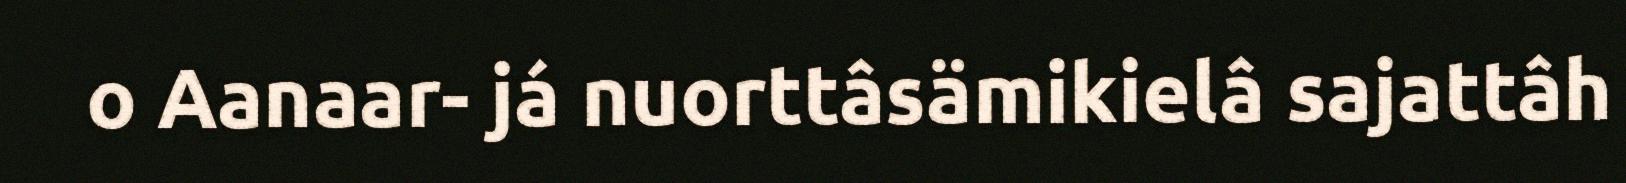
o Aanaar- já nuorttâsämikielâ sajattâh